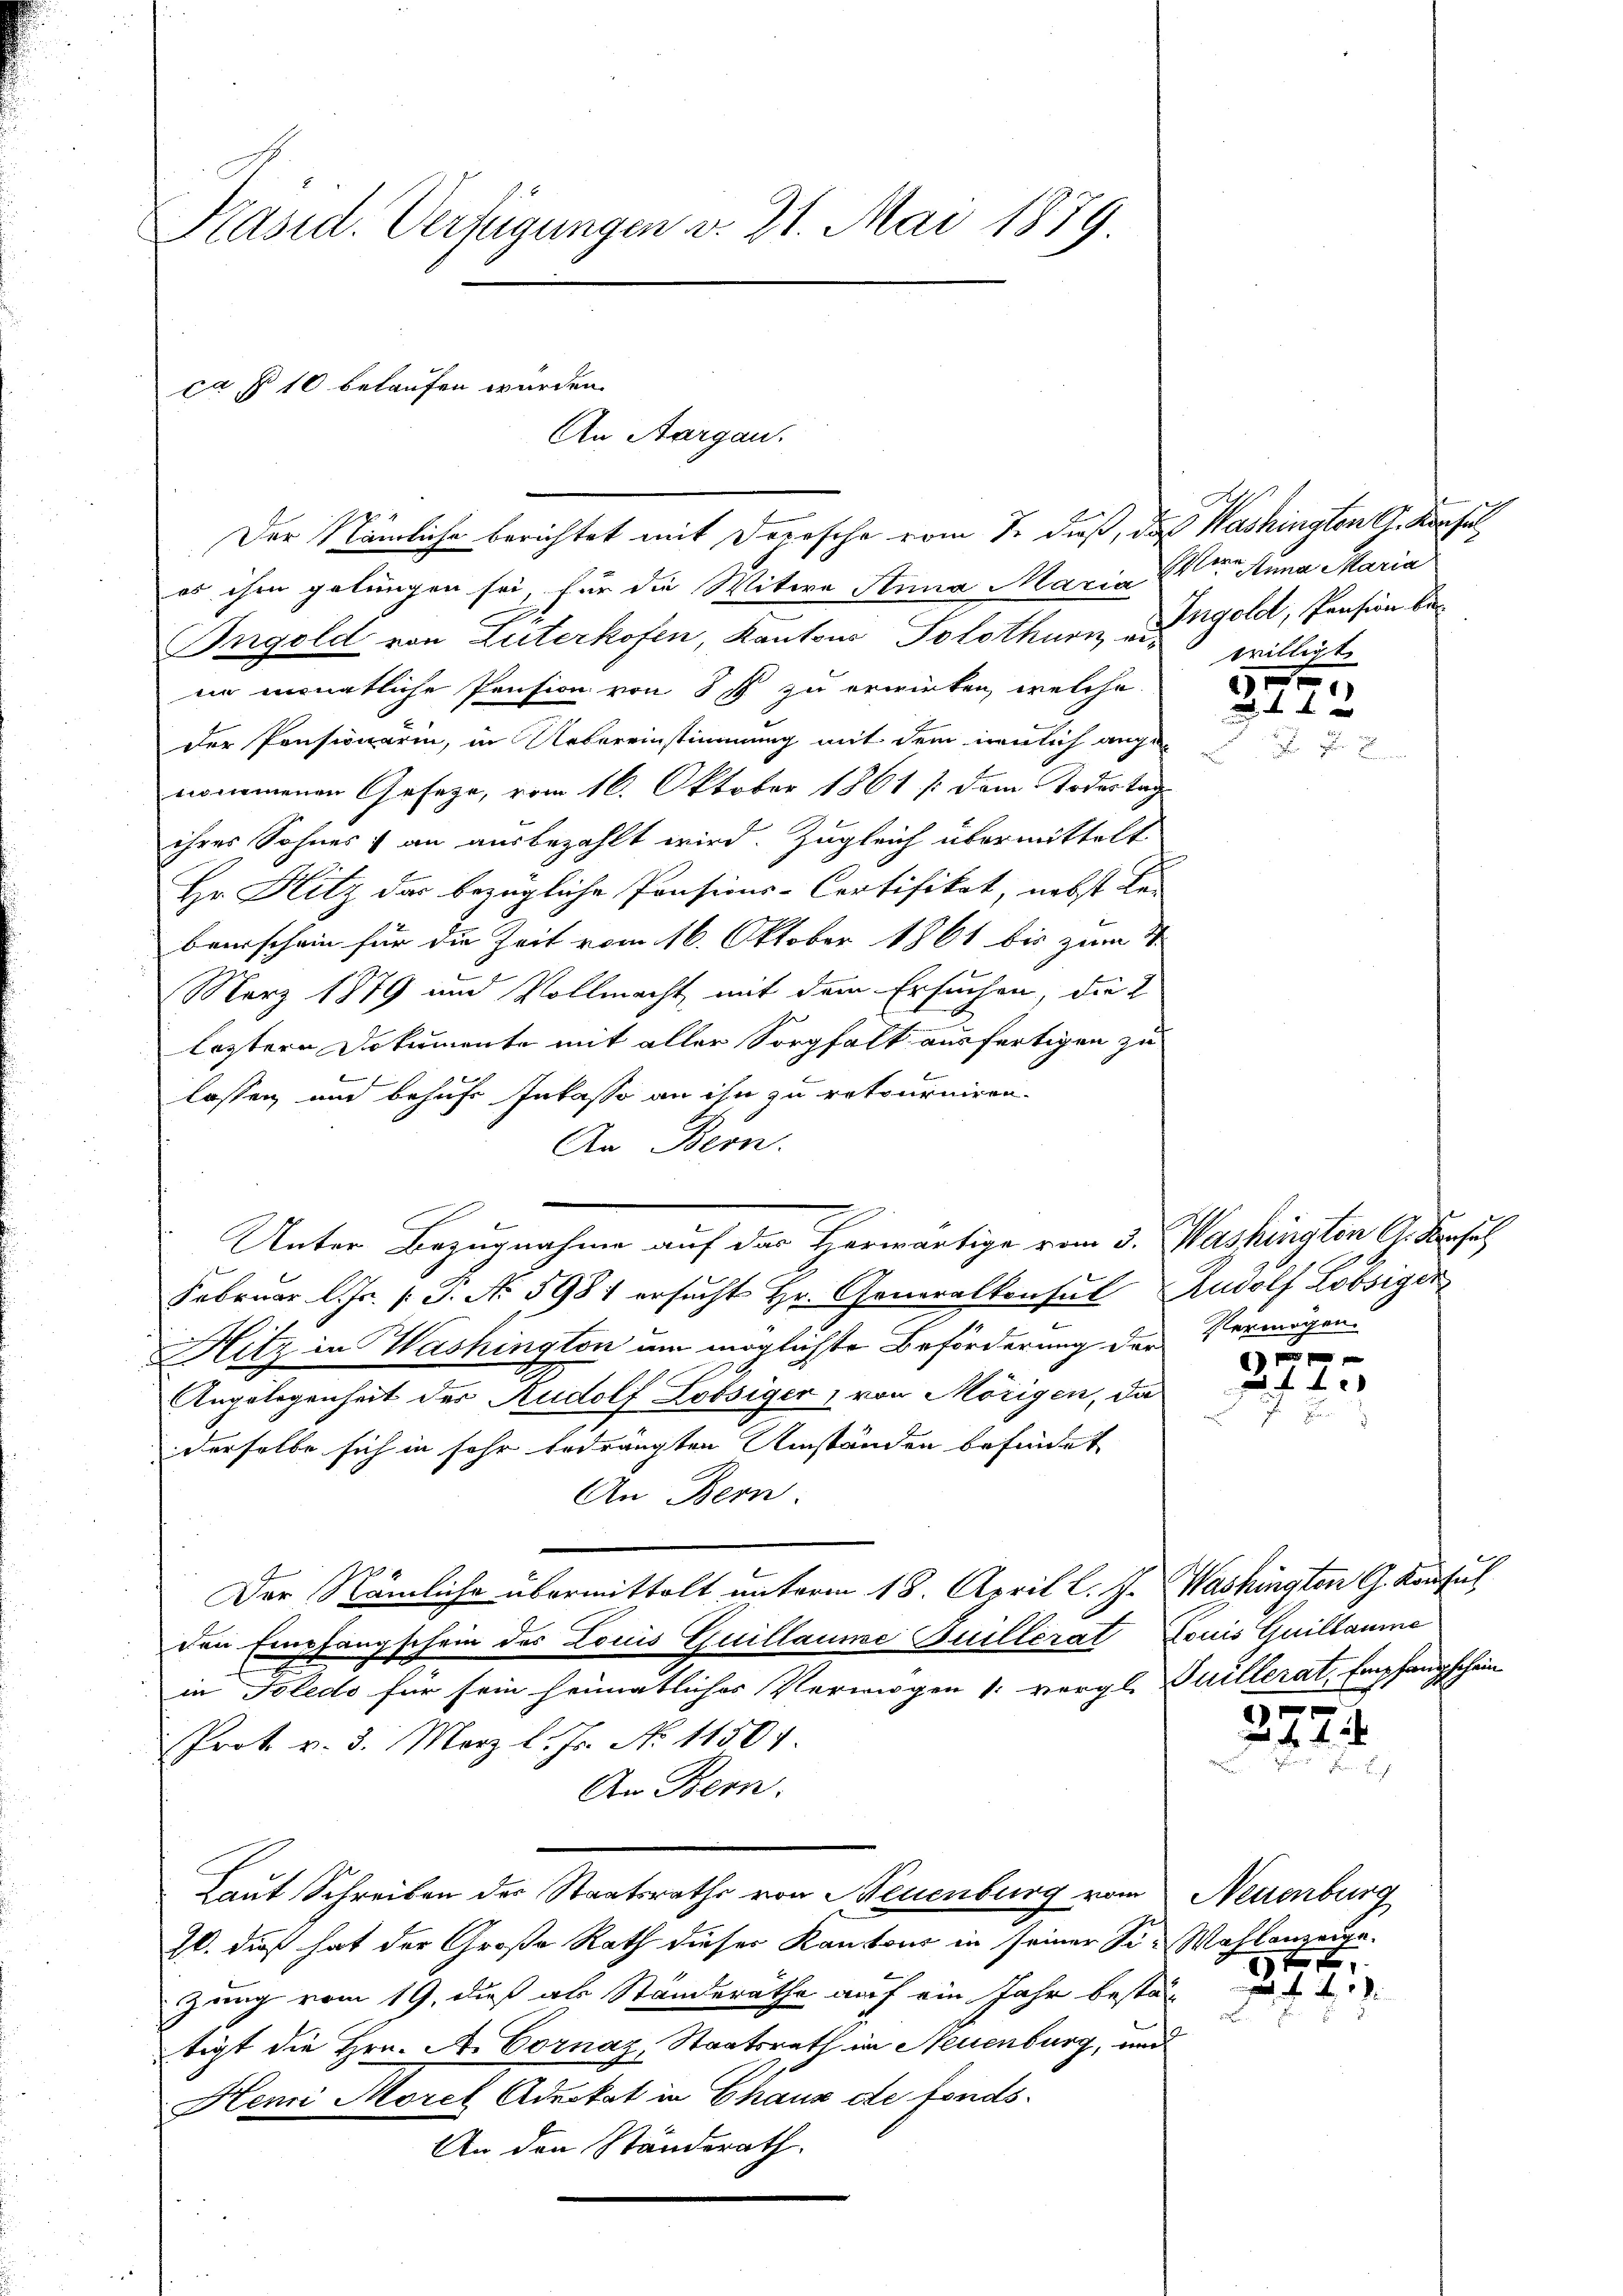
Präsid. Verfügungen v. 21. Mai 1879.

ca § 10 belaufen wurden.
An Aargau.
Der Nämliche berichtet mit Depesche vom J. dieß, das Washingten G. Konsul

es ihm gelungen sei, für die Witwe Anna Maria Anna Maria
Bergold von Güterkofen, Kantons Solothurn ei
in monatliche Pension von 87 zu erwirken, welche
der Pensionärin, in Uebereinstimmung mit dem neulich angenommenen Geseze, vom 16. Oktober 1861 /: dem Todestag-
ihres Sohnes an ausbezahlt wird. Zugleich übermittelt
Hr. Hitz das bezügliche Pensions-Cortifikat, nebst Be-
beerschein für die Zeit vom 16. Oktober 1861 bis zum S.
März 1879 und Vollmacht, mit dem Ersuchen, die 2
leztere Dokumente mit aller Sorgfalt ausfertigen zu
1
lassen und behufs Inkasso an ihn zu retourniren.
An Bern.
Februar l. Js. (T. No 5981 ersucht Hr. Generalkonsul Rudolf Lobsiger
Hitz in Washington um möglichste Beförderung der Vermögen.
Angelegenheit der Rudolf Lobsiger, von Mörigen, da
derselbe sich in sehr bedrängten Umständen befindet
An Bern.
Der Nämliche übermittelt unterm 18. April l. J. Washington G. Konsul
den Empfangschein des Louis Guillaume Guillerat Louis Quillaume
in Toledo für sein heimatliches Verwegen 1: vergl. Tuillerat, Empfangschein
Prot. v. 3. März l. Js. No 11501.
An Bern.
Laut Schreiben der Staatsraths von Neuenburg vom
10. dieß hat der Große Rath dieser Kantons in seiner Sie Wahlanzeigezung vom 19. dieß als Ständerathe auf ein Jahr bestät
tigt die Hrn. A. Cornaz, Staatsrath in Neuenburg, und
Heie Morch Advokat in Chaux de fonds¬
An den Ständerath.

Unter Bezugnahme auf das Herwärtige vom 3. Washington A. Konsul

Ingold, Pension bewilligt

30
44 x

x
 f 4 x
d

2224.

Neuenburg
xx